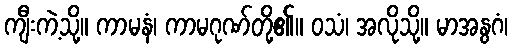
ကျီးကဲ့သို့။ ကာမနံ၊ ကာမဂုဏ်တို့၏။ ဝသံ၊ အလိုသို့။ မာအနွဂံ၊